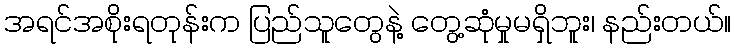
အရင်အစိုးရတုန်းက ပြည်သူတွေနဲ့ တွေ့ဆုံမှုမရှိဘူး၊ နည်းတယ်။